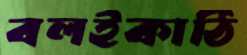
বলইকাঠি